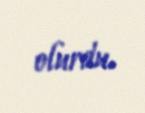
olurdu.